Calcutta medical institutions reports 1879-81 [i.e.91]
Year: 1879
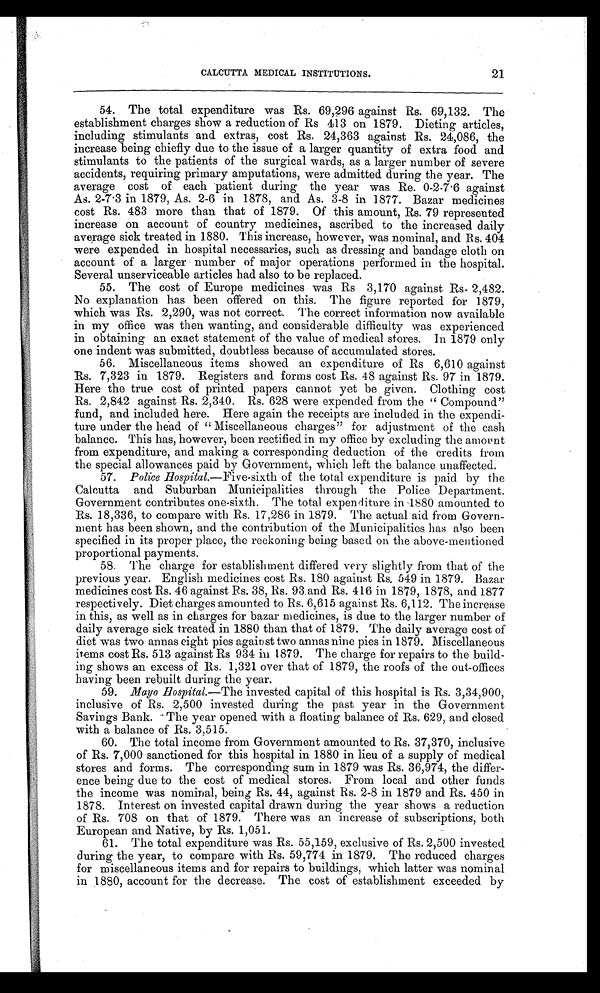
CALCUTTA MEDICAL INSTITUTIONS.
54. The total expenditure was Rs. 69,296 against Rs. 69,132. The
establishment charges show a reduction of Rs 413 on 1879, Dieting articles,
including stimulants and extras, cost Rs. 24,363 against Rs. 24,086, the
increase being chiefly due to the issue of a larger quantity of extra food and
stimulants to the patients of the surgical wards, as a larger number of severe
accidents, requiring primary amputations, were admitted during the year. The
average cost of each patient during the year was Re. 0-2-7.6 against
As. 2-7.3 in 1879, As. 2-6 in 1878, and As. 3-8 in 1877. Bazar medicines
cost Rs. 483 more than that of 1879. Of this amount, Rs. 79 represented
increase on account of country medicines, ascribed to the increased daily
average sick treated in 1880. This increase, however, was nominal, and Rs. 404
were expended in hospital necessaries, such as dressing and bandage cloth on
account of a larger number of major operations performed in the hospital.
Several unserviceable articles had also to be replaced.
55. The cost of Europe medicines was Rs 3,170 against Rs. 2,482.
No explanation has been offered on this. The figure reported for 1879,
which was Rs. 2,290, was not correct. The correct information now available
in my office was then wanting, and considerable difficulty was experienced
in obtaining an exact statement of the value of medical stores. In 1879 only
one indent was submitted, doubtless because of accumulated stores.
56. Miscellaneous items showed an expenditure of Rs 6,610 against
Rs. 7,323 in 1879. Registers and forms cost Rs. 48 against Rs. 97 in 1879.
Here the true cost of printed papers cannot yet be given. Clothing cost
Rs. 2,842 against Rs. 2,340. Rs. 628 were expended from the "Compound"
fund, and included here. Here again the receipts are included in the expendi
- t u r e u n d e r t h e h e a d o f " M i s c e l l a n e o u s c h a r g e s " f o r a d j u s t m e n t o f t h e c a s h
balance. This has, however, been rectified in my office by excluding the amount
from expenditure, and making a corresponding deduction of the credits from
the special allowances paid by Government, which left the balance unaffected.
57. Police Hospital.—Five-sixth of the total expenditure is paid by the
Calcutta and Suburban Municipalities through the Police Department.
Government contributes one-sixth. The total expenditure in 1880 amounted to
Rs. 18,336, to compare with Rs. 17,286 in 1879. The actual aid from Govern
- m e n t h a s b e e n s h o w n , a n d t h e c o n t r i b u t i o n o f t h e M u n i c i p a l i t i e s h a s a l s o b e e n
specified in its proper place, the reckoning being based on the above-mentioned
proportional payments.
58. The charge for establishment differed very slightly from that of the
previous year. English medicines cost Rs. 180 against Rs. 549 in 1879. Bazar
medicines cost Rs. 46 against Rs. 38, Rs. 93 and Rs. 416 in 1879, 1878, and 1877
respectively. Diet charges amounted to Rs. 6,615 against Rs. 6,112. The increase
in this, as well as in charges for bazar medicines, is due to the larger number of
daily average sick treated in 1880 than that of 1879. The daily average cost of
diet was two annas eight pies against two annas nine pies in 1879. Miscellaneous
items cost Rs. 513 against Rs 934 in 1879. The charge for repairs to the build-
ing shows an excess of Rs. 1,321 over that of 1879, the roofs of the out-offices
having been rebuilt during the year.
59. Mayo Hospital.—The invested capital of this hospital is Rs. 3,34,900,
inclusive of Rs. 2,500 invested during the past year in the Government
Savings Bank. The year opened with a floating balance of Rs. 629, and closed
with a balance of Rs. 3,515.
60. The total income from Government amounted to Rs. 37,370, inclusive
of Rs. 7,000 sanctioned for this hospital in 1880 in lieu of a supply of medical
stores and forms. The corresponding sum in 1879 was Rs. 36,974, the differ
- e n c e b e i n g d u e t o t h e c o s t o f m e d i c a l s t o r e s . F r o m l o c a l a n d o t h e r f u n d s
the income was nominal, being Rs. 44, against Rs. 2-8 in 1879 and Rs. 450 in
1878. Interest on invested capital drawn during the year shows a reduction
of Rs. 708 on that of 1879. There was an increase of subscriptions, both
European and Native, by Rs. 1,051.
61. The total expenditure was Rs. 55,159, exclusive of Rs. 2,500 invested
during the year, to compare with Rs. 59,774 in 1879. The reduced charges
for miscellaneous items and for repairs to buildings, which latter was nominal
in 1880, account for the decrease. The cost of establishment exceeded by
21